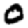
Digit: 0